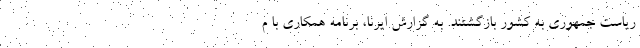
ریاست جمهوری به کشور بازگشتند. به گزارش ایرنا، برنامه همکاری با م